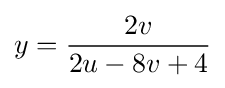
y={\frac {2v}{2u-8v+4}}